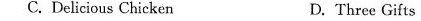
C.Delicious Chicken D.Three Gifts